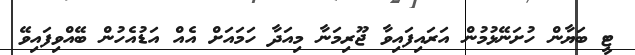
ޓީ ބަޔާން ހުށަނޭޅުމުން އަރައިފައިވާ ޖޫރިމަނާ މިއަދާ ހަމައަށް އެއް އަޑުއެހުން ބޭއްވިފައިވޭ